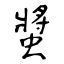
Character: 螿